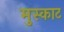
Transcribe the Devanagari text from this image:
मुस्काट